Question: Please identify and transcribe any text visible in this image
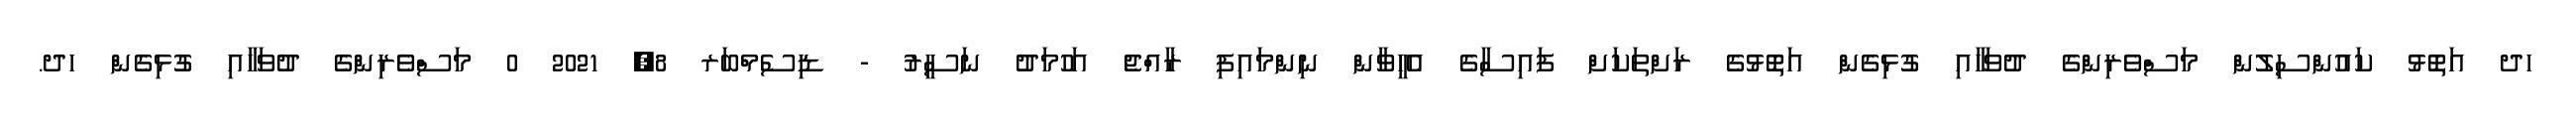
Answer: ހދ އަތޮޅު ކައުންސިލުން މަސްވެރިންގެ ދުވަހާއި ގުޅިގެން އަތޮޅުގެ ރަށްތަކަށް ފައިސާގެ އެހީވާން ނިންމައިފި ރާއްޖެ އަހުމަދު ނަސީރު - ޑިސެމްބަރ 8, 2021 0 މަސްވެރިންގެ ދުވަހާއި ގުޅިގެން ހދ.